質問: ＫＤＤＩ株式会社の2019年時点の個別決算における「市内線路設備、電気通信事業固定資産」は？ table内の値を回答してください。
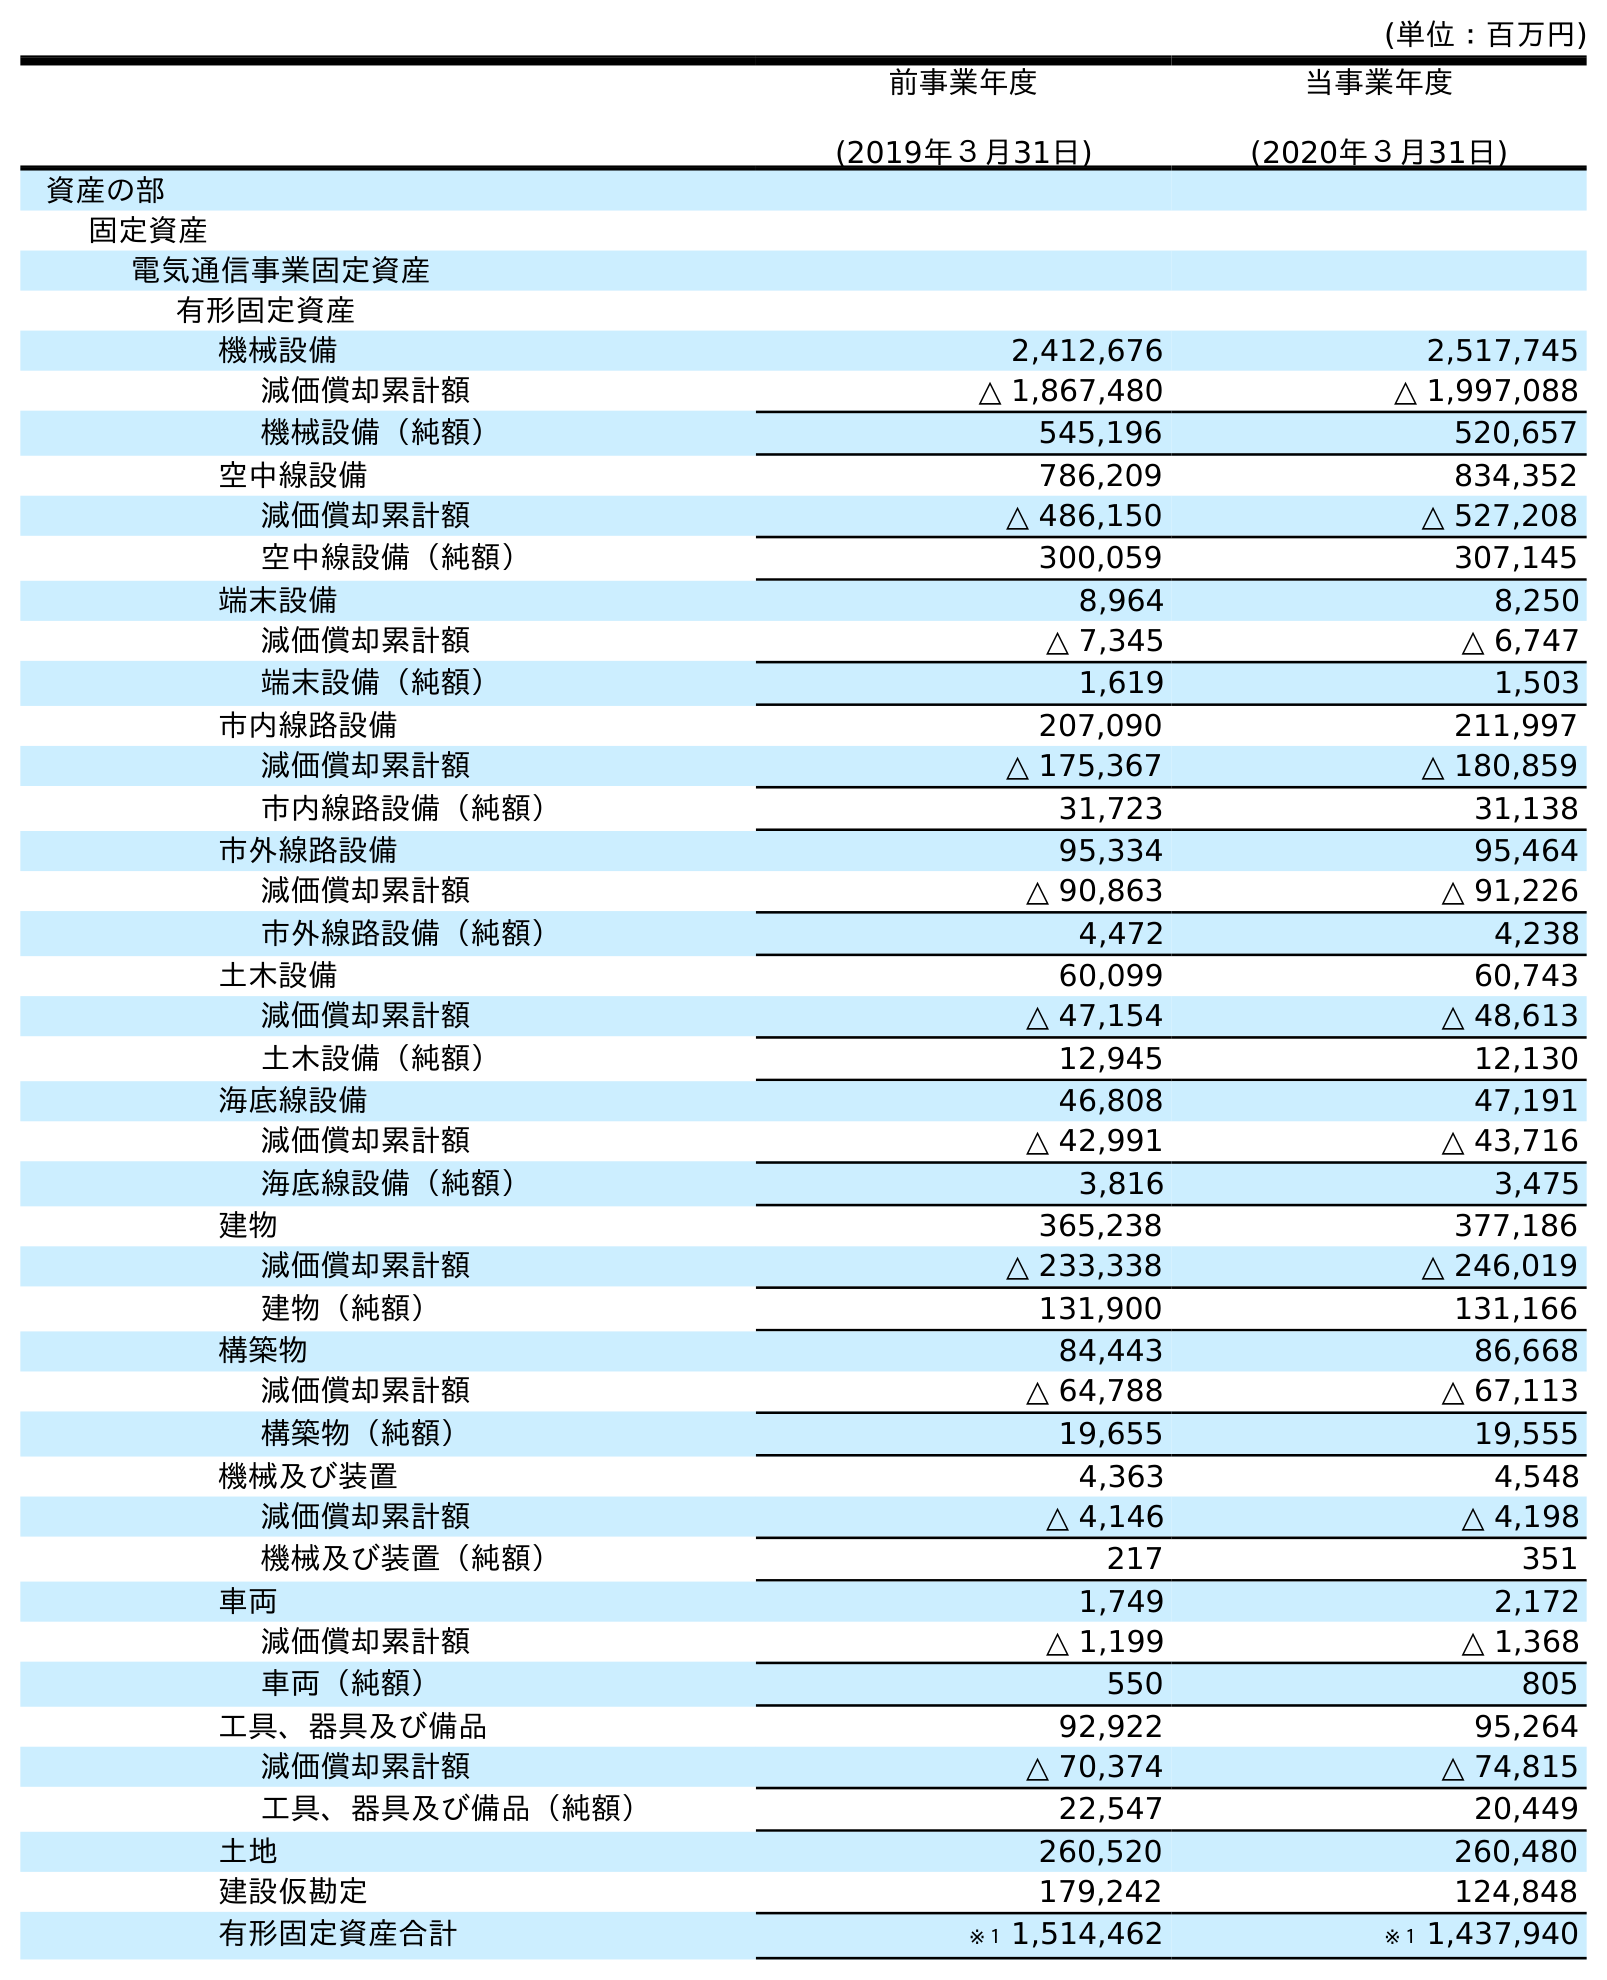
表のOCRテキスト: (単位：百万円) 前事業年度 (2019年３月31日) 当事業年度 (2020年３月31日) 資産の部 固定資産 電気通信事業固定資産 有形固定資産 機械設備 2,412,676 2,517,745 減価償却累計額 △ 1,867,480 △ 1,997,088 機械設備（純額） 545,196 520,657 空中線設備 786,209 834,352 減価償却累計額 △ 486,150 △ 527,208 空中線設備（純額） 300,059 307,145 端末設備 8,964 8,250 減価償却累計額 △ 7,345 △ 6,747 端末設備（純額） 1,619 1,503 市内線路設備 207,090 211,997 減価償却累計額 △ 175,367 △ 180,859 市内線路設備（純額） 31,723 31,138 市外線路設備 95,334 95,464 減価償却累計額 △ 90,863 △ 91,226 市外線路設備（純額） 4,472 4,238 土木設備 60,099 60,743 減価償却累計額 △ 47,154 △ 48,613 土木設備（純額） 12,945 12,130 海底線設備 46,808 47,191 減価償却累計額 △ 42,991 △ 43,716 海底線設備（純額） 3,816 3,475 建物 365,238 377,186 減価償却累計額 △ 233,338 △ 246,019 建物（純額） 131,900 131,166 構築物 84,443 86,668 減価償却累計額 △ 64,788 △ 67,113 構築物（純額） 19,655 19,555 機械及び装置 4,363 4,548 減価償却累計額 △ 4,146 △ 4,198 機械及び装置（純額） 217 351 車両 1,749 2,172 減価償却累計額 △ 1,199 △ 1,368 車両（純額） 550 805 工具、器具及び備品 92,922 95,264 減価償却累計額 △ 70,374 △ 74,815 工具、器具及び備品（純額） 22,547 20,449 土地 260,520 260,480 建設仮勘定 179,242 124,848 有形固定資産合計 ※１ 1,514,462 ※１ 1,437,940
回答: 207,090